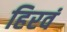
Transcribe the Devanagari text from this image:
हिरवं